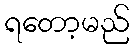
ရတော့မည်